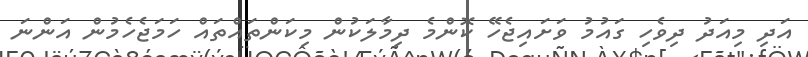
އަދި މިއަދު ދިވެހި ގައުމު ވަށައިޖެހޭ ކޮންމެ ދިމާލަކުން މިކަންތައްތައް ހަމަޖެހެމުން އަންނަ